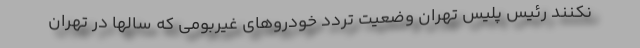
نکنند رئیس پلیس تهران وضعیت تردد خودروهای غیربومی که سالها در تهران